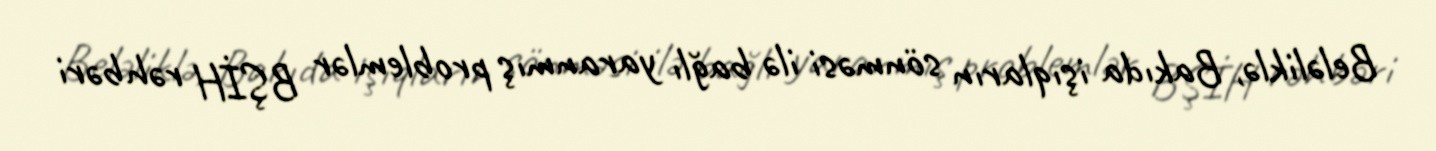
Beləliklə, Bakıda işıqların sönməsi ilə bağlı yaranmış problemlər BŞİH rəhbəri